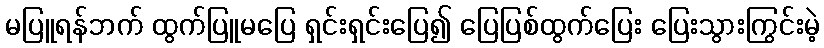
မပြူရန်ဘက် ထွက်ပြူမပြေ ရှင်းရှင်းပြေ၍ ပြေပြစ်ထွက်ပြေး ပြေးသွားကြွင်းမဲ့